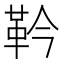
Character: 靲